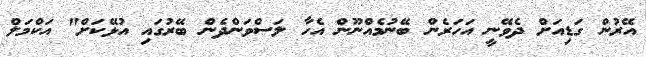
އޭރުން ގަޑިއަށް ދެވޭނީ އަހަރެން ބޭނުމެއްނޫން އެހާ ލަސްވަންދެން ބޭރުގައި އުޅޭކަށް" އަކްމަލް